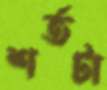
শর্তটা